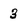
Character: 3